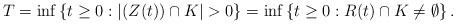
LaTeX: \begin{align*} T=\inf \left\{t \geq 0:|(Z(t))\cap K|>0\right\}=\inf \left\{t\geq 0:R(t)\cap K \neq \emptyset \right\}. \end{align*}